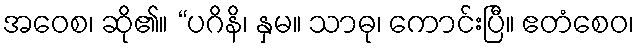
အဝေစ၊ ဆို၏။ “ပဂိနိ၊ နှမ။ သာဓု၊ ကောင်းပြီ။ ဧတံစေဝ၊